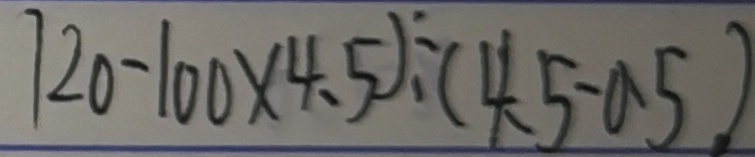
7 2 0 - 1 0 0 \times 4 . 5 ) \div ( 4 . 5 - 0 . 5 )